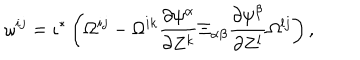
LaTeX: \omega ^ { i j } = \iota ^ { * } \left( \Omega ^ { i j } - \Omega ^ { i k } \frac { \partial \psi ^ { \alpha } } { \partial Z ^ { k } } \Xi _ { \alpha \beta } \frac { \partial \psi ^ { \beta } } { \partial Z ^ { l } } \Omega ^ { l j } \right) ,